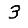
Digit: 3